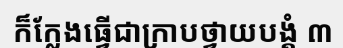
ក៏ក្លែងធ្វើជាក្រាបថ្វាយបង្គំ ៣